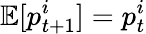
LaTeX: \mathbb E[p_{t+1}^{i}]=p_{t}^{i}